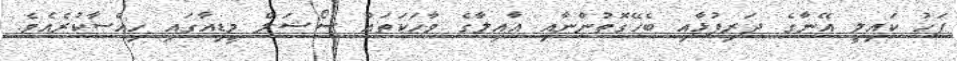
ފަހު ކައިލީ އޭނާގެ ދަރިފުޅާއި ބެހޭގޮތުންނާއި އާއިލާގެ ވާހަކަތައް ސޯޝަލް މީޑިއާގައި ހިއްސާކުރެއެވެ.